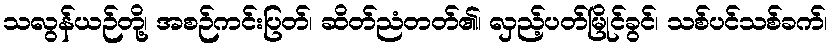
သလွန်ယဉ်တို့၊ အစဉ်ကင်းပြတ်၊ ဆိတ်ညံတတ်၏၊ လှည့်ပတ်မြိုင်ခွင်၊ သစ်ပင်သစ်ခက်၊